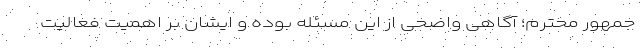
جمهور محترم؛ آگاهیِ واضحی از این مسئله بوده و ایشان بر اهمیت فعالیت